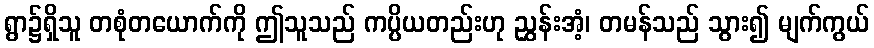
ရွာ၌ရှိသူ တစုံတယောက်ကို ဤသူသည် ကပ္ပိယတည်းဟု ညွှန်းအံ့၊ တမန်သည် သွား၍ မျက်ကွယ်